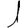
Digit: 1